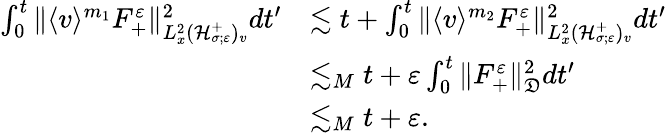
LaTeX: \begin{array}{rl}{\int_{0}^{t}\| \langle v\rangle^{m_{1}}F_{+}^{\varepsilon}\| _{L_{x}^{2}(\mathcal H_{\sigma;\varepsilon}^{+})_{v}}^{2}dt^{\prime}}&{\lesssim t+\int_{0}^{t}\| \langle v\rangle^{m_{2}}F_{+}^{\varepsilon}\| _{L_{x}^{2}(\mathcal H_{\sigma;\varepsilon}^{+})_{v}}^{2}dt^{\prime}}\\ &{\lesssim_{M}t+\varepsilon\int_{0}^{t}\| F_{+}^{\varepsilon}\| _{\mathfrak D}^{2}dt^{\prime}}\\ &{\lesssim_{M}t+\varepsilon.}\end{array}